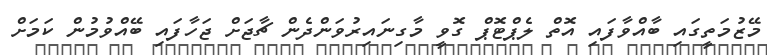
މޭޒުމަތީގައި ބާއްވާފައި އޮތް ލެޕްޓޮޕް ގޮވީ މާގިނައިރުވަންދެން ޗާޖަށް ޖަހާފައި ބޭއްވުމުން ކަމަށް